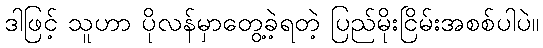
ဒါဖြင့် သူဟာ ပိုလန်မှာတွေ့ခဲ့ရတဲ့ ပြည်မိုးငြိမ်းအစစ်ပါပဲ။